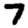
Digit: 7